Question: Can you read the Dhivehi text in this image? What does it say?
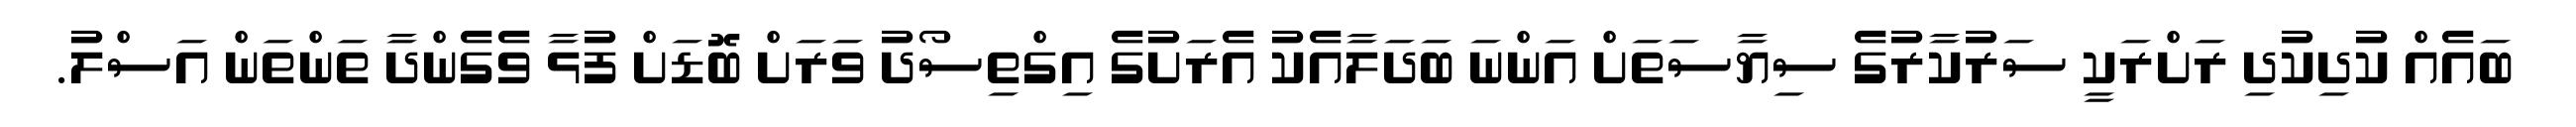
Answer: ބައެއް ކުދިކުދި ރަށްރަކީ ސަރުކާރުގެ ސިޔާސަތަށް އަންނަ ބަދަލާއެކު އެރަށުގެ އިގްތިސޯދު ވަރަށް ބޮޑަށް ފުޅާ ވެގެންދާ ތަންތަން އަސްލު.